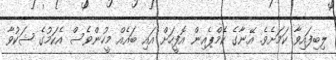
ލިބިފައިވާ ކަމަށެވެ. އޭނާގެ ކެމްޕެއިން އޮފީހަށް އައި ބައެއް މީހުންވެސް އެކަމުގެ ޝަކުވާ